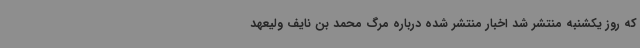
که روز یکشنبه منتشر شد اخبار منتشر شده درباره مرگ محمد بن نایف ولیعهد